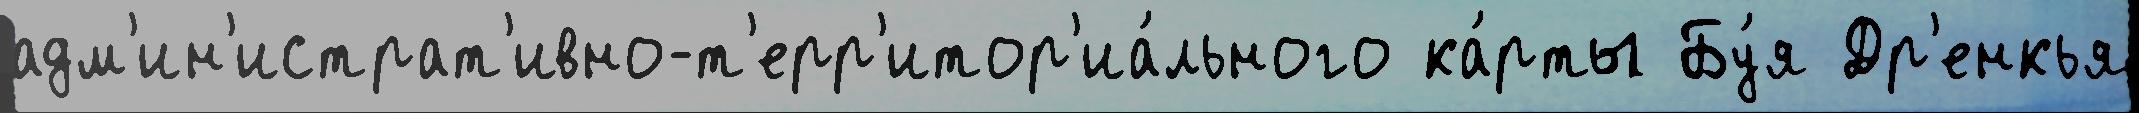
адм'ин'истрат'ивно-т'ерр'итор'иа́льного ка́рты Бу́я Др'енкья